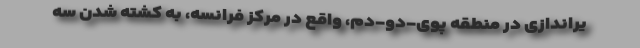
یراندازی در منطقه پوی-دو-دم، واقع در مرکز فرانسه، به کشته شدن سه